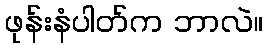
ဖုန်းနံပါတ်က ဘာလဲ။